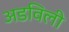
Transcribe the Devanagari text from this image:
अडविली